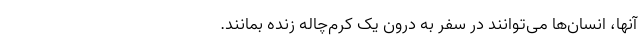
آنها، انسان‌ها می‌توانند در سفر به درون یک کرم‌چاله زنده بمانند.